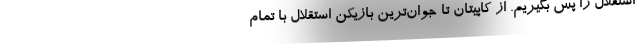
استقلال را پس بگیریم. از کاپیتان تا جوان‌ترین بازیکن استقلال با تمام